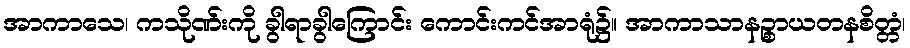
အာကာသေ၊ ကသိုဏ်းကို ခွါရာခွါကြောင်း ကောင်းကင်အာရုံ၌။ အာကာသာနဉ္စာယတနစိတ္တံ၊